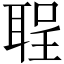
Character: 𫆅